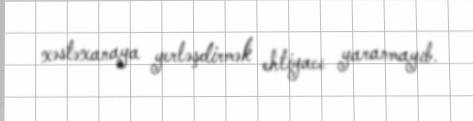
xəstəxanaya yerləşdirmək ehtiyacı yaranmayıb.